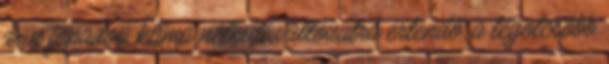
ár a fapados, klíma nélküli változatra értendő, a legolcsóbb